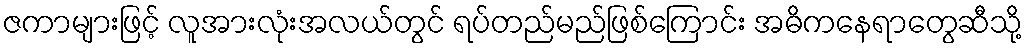
ဇကာများဖြင့် လူအားလုံးအလယ်တွင် ရပ်တည်မည်ဖြစ်ကြောင်း အဓိကနေရာတွေဆီသို့